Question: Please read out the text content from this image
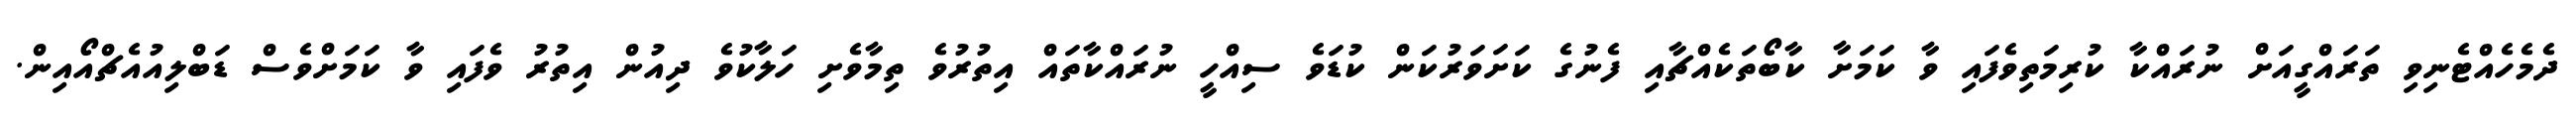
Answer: ދެމެހެއްޓެނިވި ތަރައްގީއަށް ނުރައްކާ ކުރިމަތިވެފައި ވާ ކަމަށާ ކާބޯތަކެއްޗާއި ފެނުގެ ކަށަވަރުކަން ކުޑަވެ ސިއްހީ ނުރައްކާތައް އިތުރުވެ ތިމާވެށި ހަލާކުވެ ދިއުން އިތުރު ވެފައި ވާ ކަމަށްވެސް ޑަބްލިއުއެޗްއޯއިން.